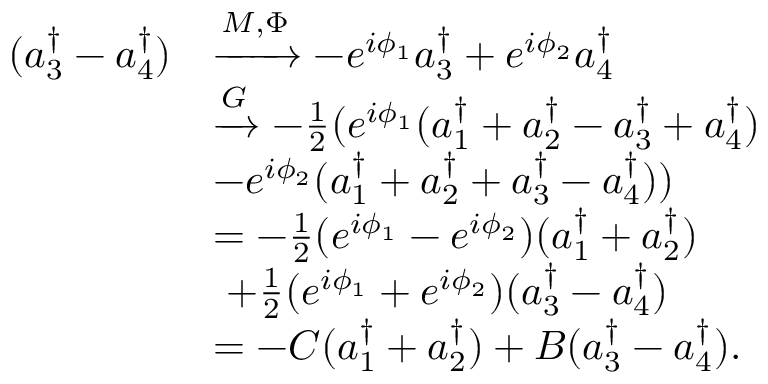
\begin{array} { r l } { ( a _ { 3 } ^ { \dagger } - a _ { 4 } ^ { \dagger } ) } & { \xrightarrow { M , \Phi } - e ^ { i \phi _ { 1 } } a _ { 3 } ^ { \dagger } + e ^ { i \phi _ { 2 } } a _ { 4 } ^ { \dagger } } \\ & { \xrightarrow { G } - \frac 1 2 ( e ^ { i \phi _ { 1 } } ( a _ { 1 } ^ { \dagger } + a _ { 2 } ^ { \dagger } - a _ { 3 } ^ { \dagger } + a _ { 4 } ^ { \dagger } ) } \\ & { - e ^ { i \phi _ { 2 } } ( a _ { 1 } ^ { \dagger } + a _ { 2 } ^ { \dagger } + a _ { 3 } ^ { \dagger } - a _ { 4 } ^ { \dagger } ) ) } \\ & { = - \frac 1 2 ( e ^ { i \phi _ { 1 } } - e ^ { i \phi _ { 2 } } ) ( a _ { 1 } ^ { \dagger } + a _ { 2 } ^ { \dagger } ) } \\ & { \ + \frac 1 2 ( e ^ { i \phi _ { 1 } } + e ^ { i \phi _ { 2 } } ) ( a _ { 3 } ^ { \dagger } - a _ { 4 } ^ { \dagger } ) } \\ & { = - C ( a _ { 1 } ^ { \dagger } + a _ { 2 } ^ { \dagger } ) + B ( a _ { 3 } ^ { \dagger } - a _ { 4 } ^ { \dagger } ) . } \end{array}